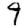
Digit: 9